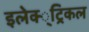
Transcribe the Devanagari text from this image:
इलेक्‍्ट्रिकल